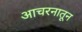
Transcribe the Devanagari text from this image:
आचरनातून